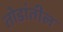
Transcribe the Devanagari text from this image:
तोडांतील